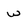
Character: w